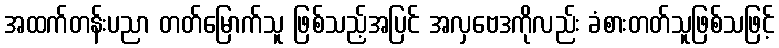
အထက်တန်းပညာ တတ်မြောက်သူ ဖြစ်သည့်အပြင် အလှဗေဒကိုလည်း ခံစားတတ်သူဖြစ်သဖြင့်